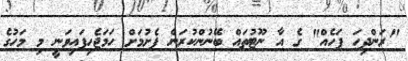
"ރަންދިހަ ފަހެއް" ގެ އާ ނޫޓުތައް ބޭނުންކުރަން ފެށުމަށް ހަމަޖެހިފައިވަނީ މި މަހުގެ